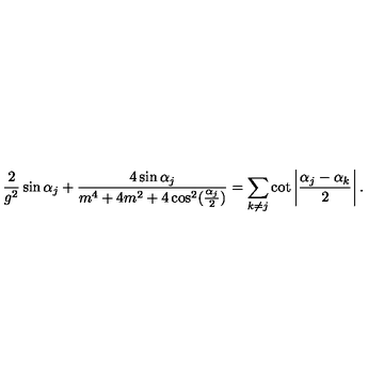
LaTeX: { \frac { 2 } { g ^ { 2 } } } \sin \alpha _ { j } + { \frac { 4 \sin \alpha _ { j } } { m ^ { 4 } + 4 m ^ { 2 } + 4 \cos ^ { 2 } ( { \frac { \alpha _ { j } } { 2 } } ) } } = \sum _ { k \neq j } \cot \left| { \frac { \alpha _ { j } - \alpha _ { k } } { 2 } } \right| .